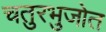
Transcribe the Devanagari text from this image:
चतुरभुजोत